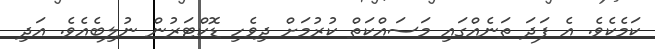
ކަމެކެވެ. އެ ފަދަ ތަނެއްގައި މަސައްކަތް ކުރުމަށް ދިވެހި ޑޮކްޓަރުން ނުލިބެއެވެ. އަދި